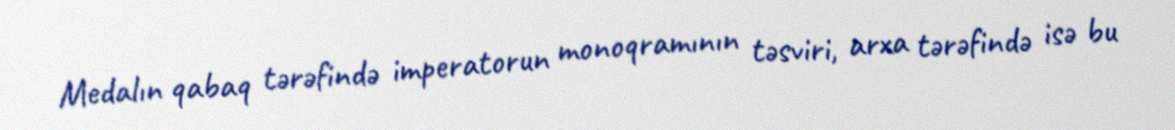
Medalın qabaq tərəfində imperatorun monoqramının təsviri, arxa tərəfində isə bu